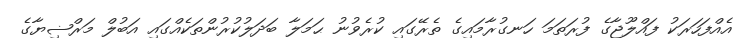
އެއްފަހަރަކު ފައްލޫޖާގެ ފުރަތަމަ ހަނގުރާމައިގެ ތެރޭގައި ކުރެވުނު ޙަމަލާ ބަދަލުކުރުންތަކެއްގައި އަބުލް މަރްޟިޔާގެ